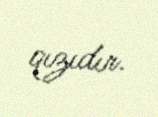
qızıdır.